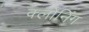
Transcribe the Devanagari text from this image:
क्‍लोनिंग